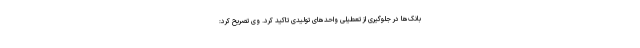
بانک‌ها در جلوگیری از تعطیلی واحدهای تولیدی تاکید کرد. وی تصریح کرد: